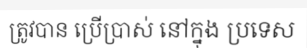
ត្រូវបាន ប្រើប្រាស់ នៅក្នុង ប្រទេស